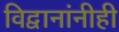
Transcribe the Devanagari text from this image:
विद्वानांनीही